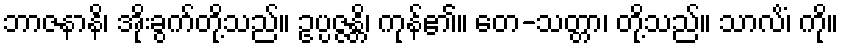
ဘာဇနာနိ၊ အိုးခွက်တို့သည်။ ဥပ္ပဇ္ဇန္တိ၊ ကုန်၏။ တေ-သတ္တာ၊ တို့သည်။ သာလိံ၊ ကို။